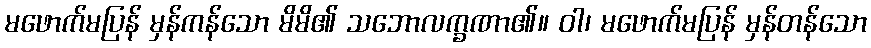
မဖောက်မပြန် မှန်ကန်သော မိမိ၏ သဘောလက္ခဏာ၏။ ဝါ၊ မဖောက်မပြန် မှန်တန်သော